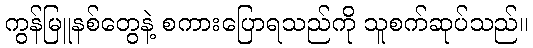
ကွန်မြူနစ်တွေနဲ့ စကားပြောရသည်ကို သူစက်ဆုပ်သည်။